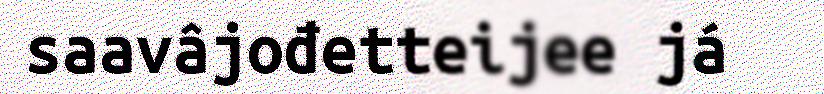
saavâjođetteijee já